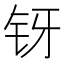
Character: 䥺